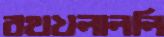
রথখলাললি